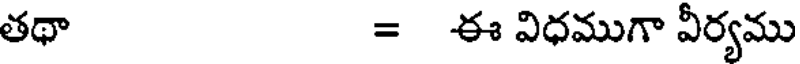
తథా = ఈ విధముగా వీర్యము